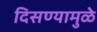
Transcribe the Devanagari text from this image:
दिसण्यामुळे